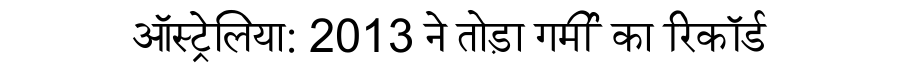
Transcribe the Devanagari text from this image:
ऑस्ट्रेलिया: 2013 ने तोड़ा गर्मी का रिकॉर्ड